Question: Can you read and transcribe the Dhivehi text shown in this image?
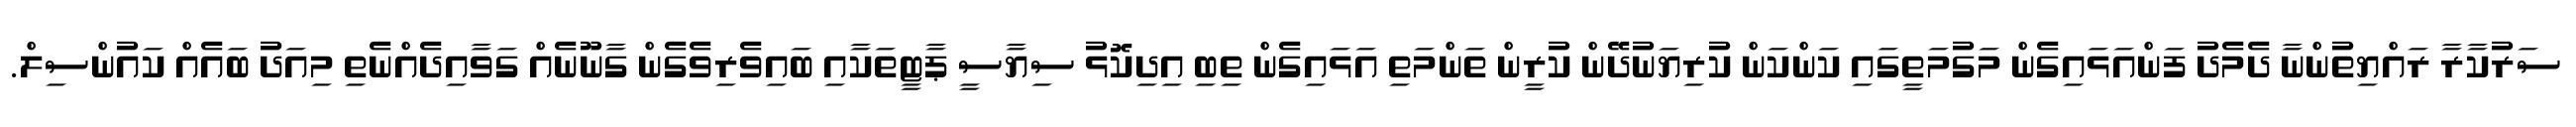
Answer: ސަރުކާރާ ރައްޔިތުންނާ ދެމެދު ފަންއަޅައިގެން މަގުމަތީގައި ކަންކަން ކުރިޔަނުދޭން ކުރީން ތަންމަތި އަޅައިގެން ތިބި އިދިކޮޅު ސިޔާސީ ޕާޓީތަކާއި ބައިވެރިވެގެން ގާނޫނެއް ގަވާއިދެއްނެތި މިއަދު ބައެއް ކައުންސިލް.